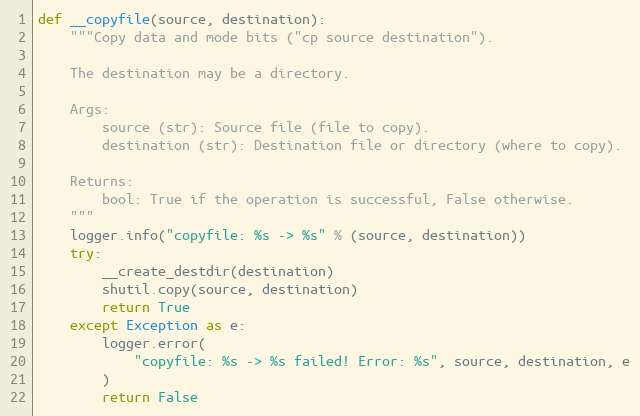
Language: Python
def __copyfile(source, destination):
    """Copy data and mode bits ("cp source destination").

    The destination may be a directory.

    Args:
        source (str): Source file (file to copy).
        destination (str): Destination file or directory (where to copy).

    Returns:
        bool: True if the operation is successful, False otherwise.
    """
    logger.info("copyfile: %s -> %s" % (source, destination))
    try:
        __create_destdir(destination)
        shutil.copy(source, destination)
        return True
    except Exception as e:
        logger.error(
            "copyfile: %s -> %s failed! Error: %s", source, destination, e
        )
        return False